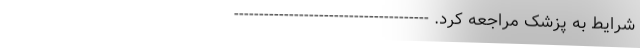
شرایط به پزشک مراجعه کرد. ---------------------------------------